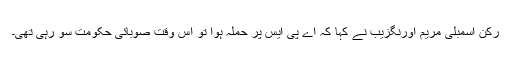
رکن اسمبلی مریم اورنگزیب نے کہا کہ اے پی ایس پر حملہ ہوا تو اس وقت صوبائی حکومت سو رہی تھی۔